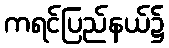
ကရင်ပြည်နယ်၌